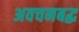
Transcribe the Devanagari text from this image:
अवचनबद्ध